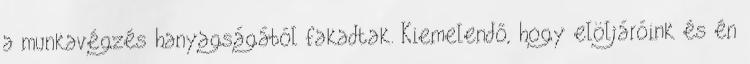
a munkavégzés hanyagságából fakadtak. Kiemelendő, hogy elöljáróink és én